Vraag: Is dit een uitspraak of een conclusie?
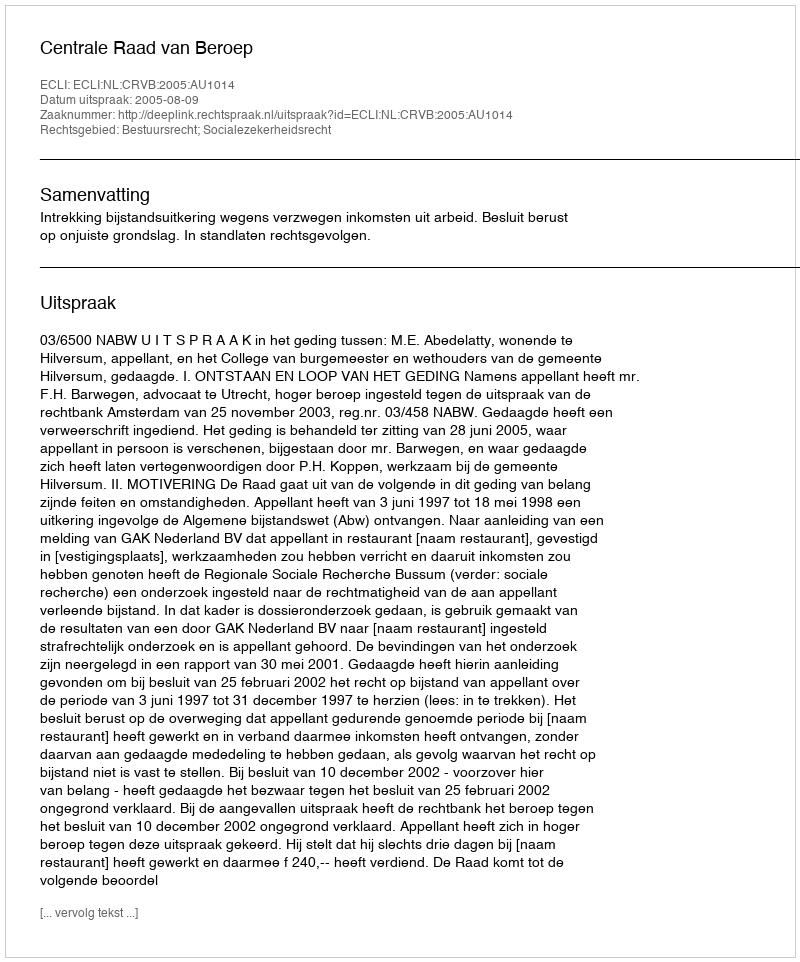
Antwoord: Uitspraak